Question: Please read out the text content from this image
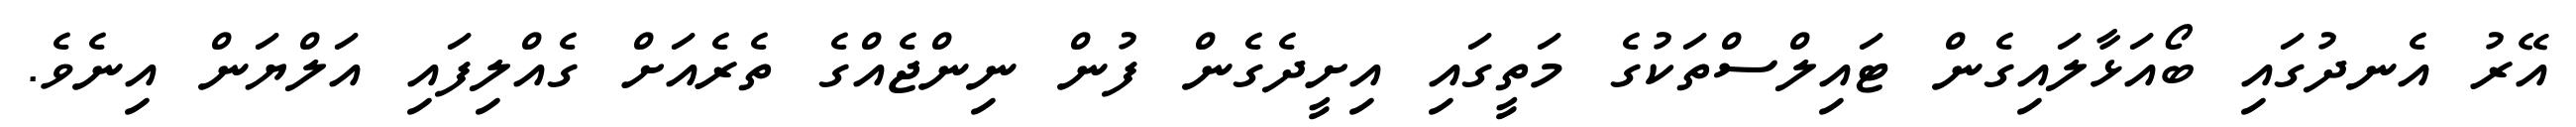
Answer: އޭރު އެނދުގައި ބޯއަޅާލައިގެން ޓައިލްސްތަކުގެ މަތީގައި އިށީދެގެން ފުން ނިންޖެއްގެ ތެރެއަށް ގެއްލިފައި އަލްޔަން އިނެވެ.